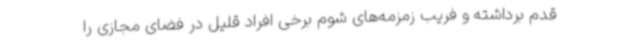
قدم برداشته و فریب زمزمه‌های شوم برخی افراد قلیل در فضای مجازی را